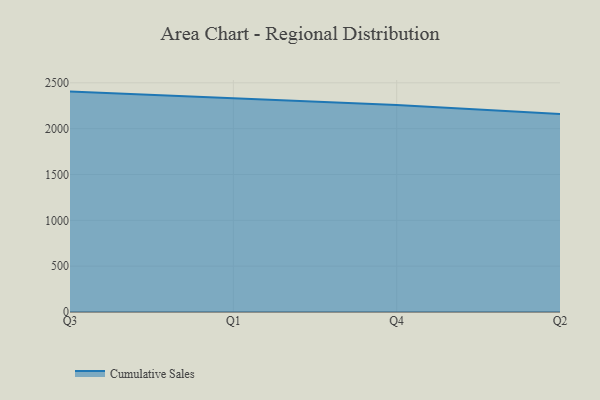
{"axis": {"x": "Quarter", "y": "Humidity (%)"}, "legend": ["Cumulative Sales"], "data": [{"x": "Q3", "y": 2404.2, "type": "Cumulative Sales"}, {"x": "Q1", "y": 2329.5, "type": "Cumulative Sales"}, {"x": "Q4", "y": 2259.0, "type": "Cumulative Sales"}, {"x": "Q2", "y": 2159.2, "type": "Cumulative Sales"}]}